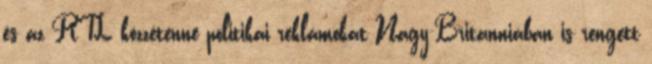
és az RTL közzétenne politikai reklámokat Nagy-Britanniában is rengett